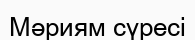
Мәриям сүресі